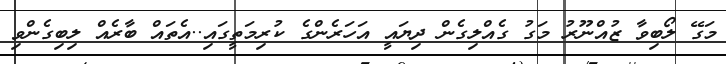
މަގޭ ލޯބިވާ ޒުއްނޫރު މަގު ގެއްލިގެން ދިޔައީ އަހަރެންގެ ކުރިމަތީގައި..އެތައް ބާރެއް ލިބިގެންވި